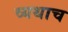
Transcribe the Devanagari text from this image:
व्यथाच